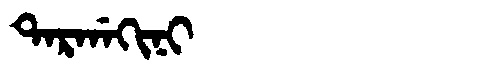
Manchu: ᡨᠠᡵᡤᠠᡴᡳᠨᡳ
Romanization: TARGAKINI